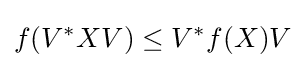
f(V^{*}XV)\leq V^{*}f(X)V